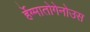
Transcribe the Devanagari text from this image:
र्हेग्मातोगेनोउस